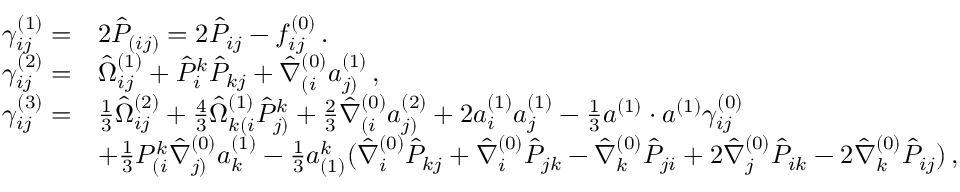
\begin{array} { r l } { \gamma _ { i j } ^ { ( 1 ) } = } & { 2 \hat { P } _ { ( i j ) } = 2 \hat { P } _ { i j } - f _ { i j } ^ { ( 0 ) } \, . } \\ { \gamma _ { i j } ^ { ( 2 ) } = } & { \hat { \Omega } _ { i j } ^ { ( 1 ) } + \hat { P } ^ { k } _ { i } \hat { P } _ { k j } + \hat { \nabla } _ { ( i } ^ { ( 0 ) } a _ { j ) } ^ { ( 1 ) } \, , } \\ { \gamma _ { i j } ^ { ( 3 ) } = } & { \frac { 1 } { 3 } \hat { \Omega } _ { i j } ^ { ( 2 ) } + \frac { 4 } { 3 } \hat { \Omega } _ { k ( i } ^ { ( 1 ) } \hat { P } ^ { k } _ { j ) } + \frac { 2 } { 3 } \hat { \nabla } _ { ( i } ^ { ( 0 ) } a _ { j ) } ^ { ( 2 ) } + 2 a _ { i } ^ { ( 1 ) } a _ { j } ^ { ( 1 ) } - \frac { 1 } { 3 } a ^ { ( 1 ) } \cdot a ^ { ( 1 ) } \gamma _ { i j } ^ { ( 0 ) } } \\ & { + \frac { 1 } { 3 } P ^ { k } _ { ( i } \hat { \nabla } _ { j ) } ^ { ( 0 ) } a _ { k } ^ { ( 1 ) } - \frac { 1 } { 3 } a _ { ( 1 ) } ^ { k } ( \hat { \nabla } _ { i } ^ { ( 0 ) } \hat { P } _ { k j } + \hat { \nabla } _ { i } ^ { ( 0 ) } \hat { P } _ { j k } - \hat { \nabla } _ { k } ^ { ( 0 ) } \hat { P } _ { j i } + 2 \hat { \nabla } _ { j } ^ { ( 0 ) } \hat { P } _ { i k } - 2 \hat { \nabla } _ { k } ^ { ( 0 ) } \hat { P } _ { i j } ) \, , } \end{array}